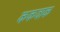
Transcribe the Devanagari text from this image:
ककवाक